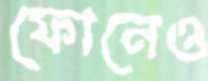
ফোনেও